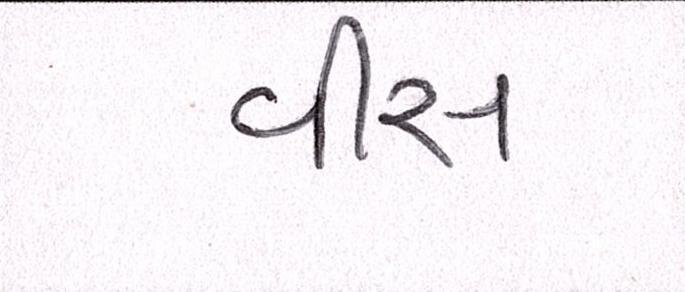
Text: વીસ